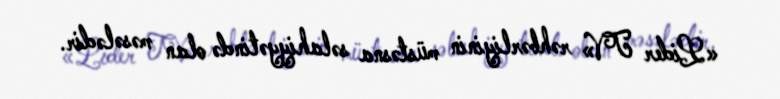
«Lider TV» rəhbərliyinin müstəsna səlahiyyətində olan məsələdir.